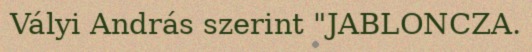
Vályi András szerint "JABLONCZA.